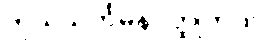
ကုသသင်္ကမနဝတ္ထုကထာ